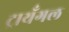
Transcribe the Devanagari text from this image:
ट्रायँगल